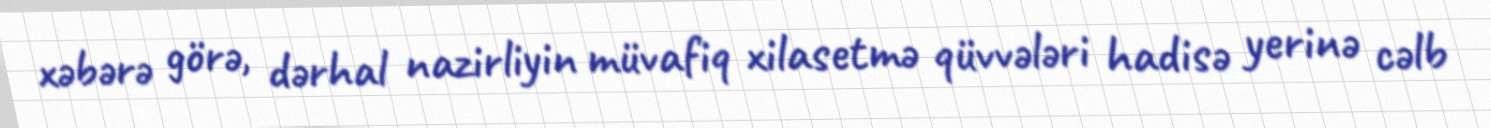
xəbərə görə, dərhal nazirliyin müvafiq xilasetmə qüvvələri hadisə yerinə cəlb